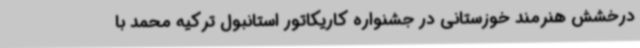
درخشش هنرمند خوزستانی در جشنواره کاریکاتور استانبول ترکیه محمد با